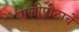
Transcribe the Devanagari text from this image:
थालीपीठाचे